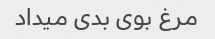
مرغ بوی بدی میداد